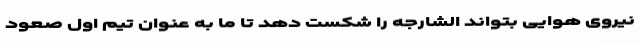
نیروی هوایی بتواند الشارجه را شکست دهد تا ما به عنوان تیم اول صعود